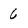
Character: 6